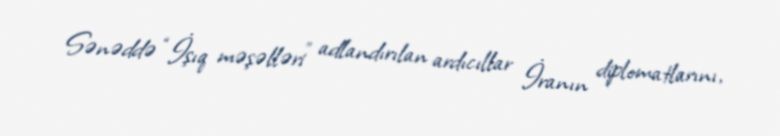
Sənəddə “İşıq məşəlləri” adlandırılan ardıcıllar İranın diplomatlarını,